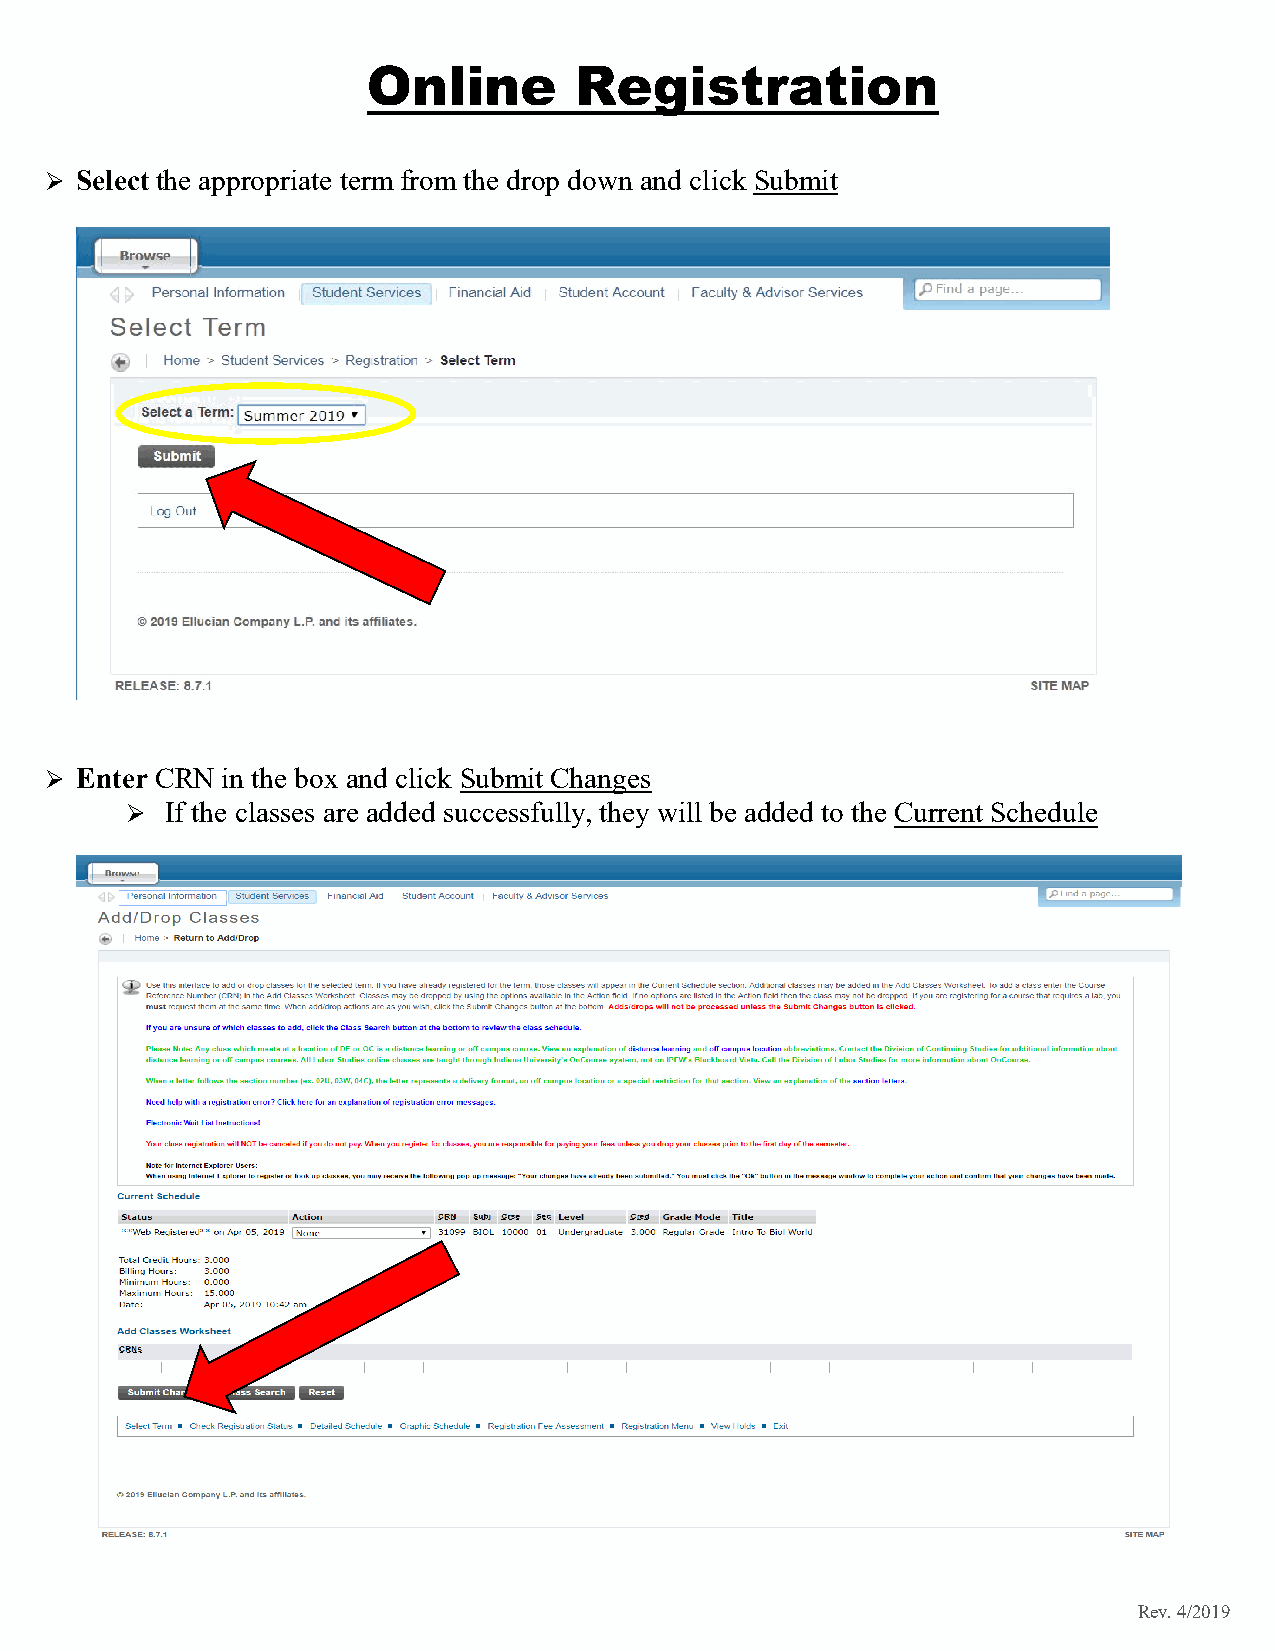
Online        Registration
  Select the appropriate term from the drop down and click Submit
  Enter CRN in the box and click Submit Changes
   If the classes are added successfully, they will be added to the Current Schedule
 Rev. 4/2019